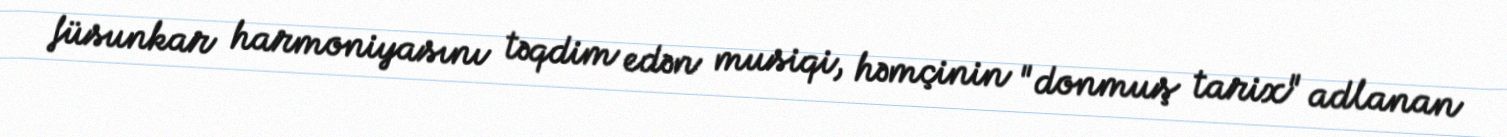
füsunkar harmoniyasını təqdim edən musiqi, həmçinin "donmuş tarix" adlanan